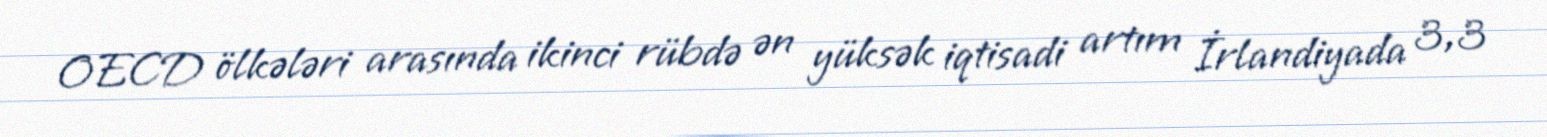
OECD ölkələri arasında ikinci rübdə ən yüksək iqtisadi artım İrlandiyada 3,3